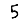
Digit: 5